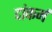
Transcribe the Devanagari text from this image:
दांकर्म